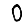
Digit: 0